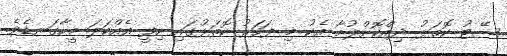
ސޭޓު ކޮތަޅު ދިއްކޮށްލުމާ އެކު މި ފަހަރު ކޮތަޅުގައި ހިފީ އެއްކަލަ މީހާގަނޑެވެ.